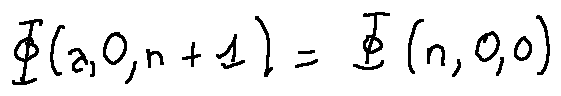
\phi ( a , 0 , n + 1 ) = \phi ( n , 0 , 0 )